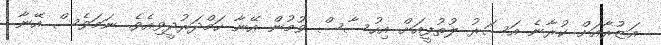
އަޒުރާއަށް ކުރާނެ އަސަރު ލުތުފީއަށް އިހުސާސް ވުމުން އޭނާ ހަމްދަރުދީވިއެވެ. ނަމަވެސް އޭނާ